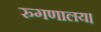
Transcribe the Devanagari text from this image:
रुगणालय।